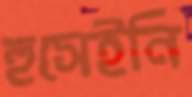
হুসেইনি